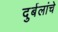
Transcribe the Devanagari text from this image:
दुर्बलांचे